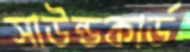
সাউন্ডকার্ড